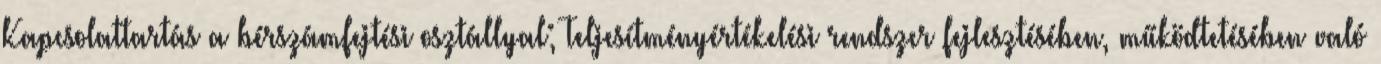
Kapcsolattartás a bérszámfejtési osztállyal; Teljesítményértékelési rendszer fejlesztésében, működtetésében való